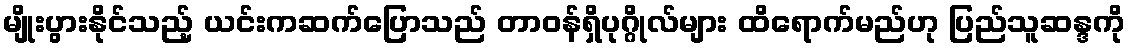
မျိုးပွားနိုင်သည့် ယင်းကဆက်ပြောသည် တာ၀န်ရှိပုဂ္ဂိုလ်များ ထိရောက်မည်ဟု ပြည်သူဆန္ဒကို